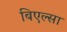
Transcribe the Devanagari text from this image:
बिएल्सा